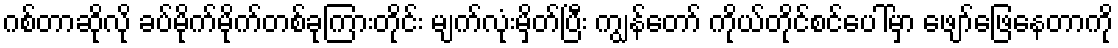
ဂစ်တာဆိုလို ခပ်မိုက်မိုက်တစ်ခုကြားတိုင်း မျက်လုံးမှိတ်ပြီး ကျွန်တော် ကိုယ်တိုင်စင်ပေါ်မှာ ဖျော်ဖြေနေတာကို